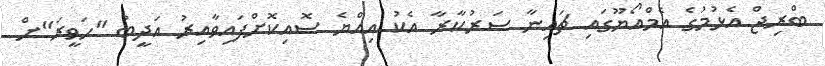
ބްރިޖް އެޅުމުގެ އެމްއޯޔޫގައި ޗައިނާ ސަރުކާރާ އެކު އިއްޔެ ސޮއިކޮށްފައިވާއިރު އަދީބު "ހަވީރަ"ށް